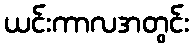
ယင်းကာလအတွင်း